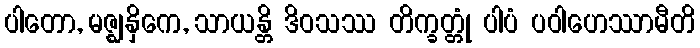
ပါတော, မဇ္ဈနှိကေ, သာယန္တိ ဒိဝသဿ တိက္ခတ္တုံ ပါပံ ပဝါဟေဿာမီတိ